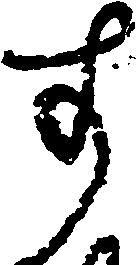
す